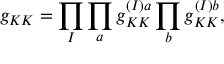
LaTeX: g _ { K K } = \prod _ { I } \prod _ { a } g _ { K K } ^ { ( I ) a } \prod _ { b } g _ { K K } ^ { ( I ) b } ,